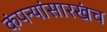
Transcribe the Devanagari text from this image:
कंपन्यांसारखंच